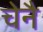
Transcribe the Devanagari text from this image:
चेनै